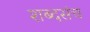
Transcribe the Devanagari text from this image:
शब्दसंच